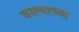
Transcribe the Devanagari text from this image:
वस्त्याच्या